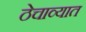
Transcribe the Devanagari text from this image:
ठेचाव्यात